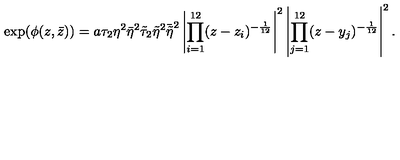
\exp ( \phi ( z , \bar { z } ) ) = a \tau _ { 2 } \eta ^ { 2 } \bar { \eta } ^ { 2 } \tilde { \tau } _ { 2 } \tilde { \eta } ^ { 2 } \bar { \tilde { \eta } } ^ { 2 } \left| \prod _ { i = 1 } ^ { 1 2 } ( z - z _ { i } ) ^ { - \frac { 1 } { 1 2 } } \right| ^ { 2 } \left| \prod _ { j = 1 } ^ { 1 2 } ( z - y _ { j } ) ^ { - \frac { 1 } { 1 2 } } \right| ^ { 2 } .